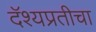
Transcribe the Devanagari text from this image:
दॅश्यप्रतीचा